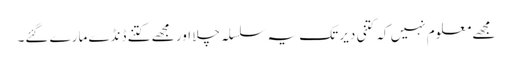
مجھے معلوم نہیں کہ کتنی دیر تک یہ سلسلہ چلا اور مجھے کتنے ڈنڈے مارے گئے۔